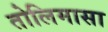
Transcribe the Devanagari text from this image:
तोलिमासा